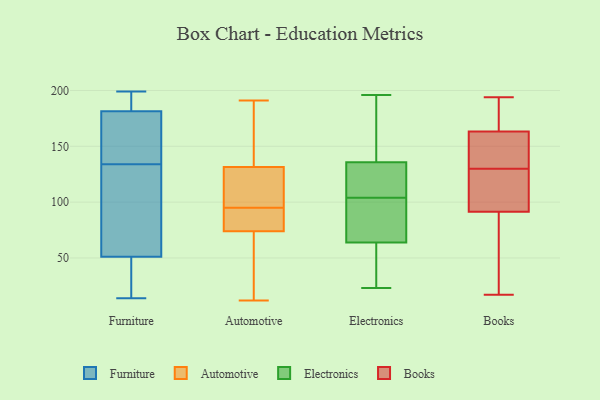
{"axis": {"x": "Population (Million)", "y": "Value"}, "legend": ["Automotive", "Books", "Electronics", "Furniture"], "data": [{"x": "", "y": 47, "type": "Furniture"}, {"x": "", "y": 199, "type": "Furniture"}, {"x": "", "y": 134, "type": "Furniture"}, {"x": "", "y": 31, "type": "Furniture"}, {"x": "", "y": 192, "type": "Furniture"}, {"x": "", "y": 14, "type": "Furniture"}, {"x": "", "y": 150, "type": "Furniture"}, {"x": "", "y": 63, "type": "Furniture"}, {"x": "", "y": 199, "type": "Furniture"}, {"x": "", "y": 121, "type": "Furniture"}, {"x": "", "y": 137, "type": "Furniture"}, {"x": "", "y": 136, "type": "Automotive"}, {"x": "", "y": 112, "type": "Automotive"}, {"x": "", "y": 110, "type": "Automotive"}, {"x": "", "y": 72, "type": "Automotive"}, {"x": "", "y": 127, "type": "Automotive"}, {"x": "", "y": 79, "type": "Automotive"}, {"x": "", "y": 133, "type": "Automotive"}, {"x": "", "y": 167, "type": "Automotive"}, {"x": "", "y": 74, "type": "Automotive"}, {"x": "", "y": 95, "type": "Automotive"}, {"x": "", "y": 82, "type": "Automotive"}, {"x": "", "y": 12, "type": "Automotive"}, {"x": "", "y": 37, "type": "Automotive"}, {"x": "", "y": 191, "type": "Automotive"}, {"x": "", "y": 74, "type": "Automotive"}, {"x": "", "y": 191, "type": "Electronics"}, {"x": "", "y": 66, "type": "Electronics"}, {"x": "", "y": 33, "type": "Electronics"}, {"x": "", "y": 196, "type": "Electronics"}, {"x": "", "y": 45, "type": "Electronics"}, {"x": "", "y": 151, "type": "Electronics"}, {"x": "", "y": 63, "type": "Electronics"}, {"x": "", "y": 104, "type": "Electronics"}, {"x": "", "y": 135, "type": "Electronics"}, {"x": "", "y": 59, "type": "Electronics"}, {"x": "", "y": 67, "type": "Electronics"}, {"x": "", "y": 124, "type": "Electronics"}, {"x": "", "y": 108, "type": "Electronics"}, {"x": "", "y": 70, "type": "Electronics"}, {"x": "", "y": 23, "type": "Electronics"}, {"x": "", "y": 128, "type": "Electronics"}, {"x": "", "y": 162, "type": "Electronics"}, {"x": "", "y": 136, "type": "Electronics"}, {"x": "", "y": 101, "type": "Electronics"}, {"x": "", "y": 102, "type": "Books"}, {"x": "", "y": 61, "type": "Books"}, {"x": "", "y": 183, "type": "Books"}, {"x": "", "y": 161, "type": "Books"}, {"x": "", "y": 130, "type": "Books"}, {"x": "", "y": 194, "type": "Books"}, {"x": "", "y": 132, "type": "Books"}, {"x": "", "y": 170, "type": "Books"}, {"x": "", "y": 17, "type": "Books"}, {"x": "", "y": 109, "type": "Books"}, {"x": "", "y": 159, "type": "Books"}, {"x": "", "y": 99, "type": "Books"}, {"x": "", "y": 69, "type": "Books"}]}